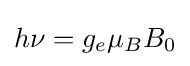
h\nu =g_{e}\mu _{B}B_{0}